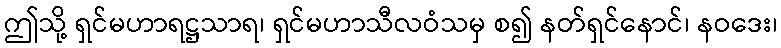
ဤသို့ ရှင်မဟာရဋ္ဌသာရ၊ ရှင်မဟာသီလဝံသမှ စ၍ နတ်ရှင်နောင်၊ နဝဒေး၊